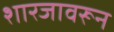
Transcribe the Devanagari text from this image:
शारजावरून